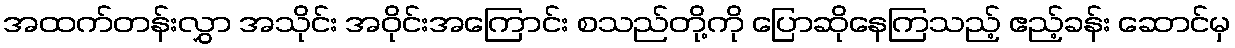
အထက်တန်းလွှာ အသိုင်း အဝိုင်းအကြောင်း စသည်တို့ကို ပြောဆိုနေကြသည့် ဧည့်ခန်း ဆောင်မှ